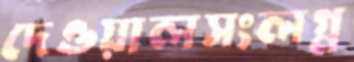
দেওয়ালসংলগ্ন